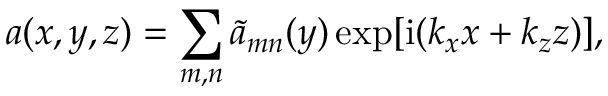
a ( x , y , z ) = \sum _ { m , n } \widetilde { a } _ { m n } ( y ) \exp [ \mathrm { i } ( k _ { x } x + k _ { z } z ) ] ,